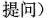
提问 )